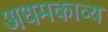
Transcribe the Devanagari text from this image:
अधमकाव्य